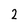
Character: 2